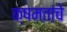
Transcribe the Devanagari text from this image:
क्षमतांचे